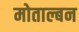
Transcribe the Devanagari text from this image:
मोताल्बन